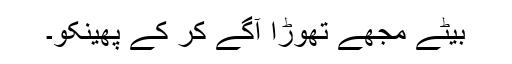
بیٹے مجھے تھوڑا آگے کر کے پھینکو۔